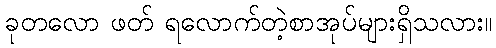
ခုတလော ဖတ် ရလောက်တဲ့စာအုပ်များရှိသလား။